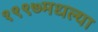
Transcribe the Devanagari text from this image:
१९९७मधल्या